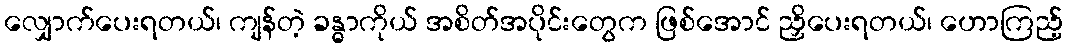
လျှောက်ပေးရတယ်၊ ကျန်တဲ့ ခန္ဓာကိုယ် အစိတ်အပိုင်းတွေက ဖြစ်အောင် ညှိပေးရတယ်၊ ဟောကြည့်